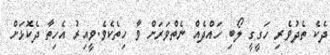
ދެކެ ތެދުވެރި ހަގީގީ ލޯބި ހައްދެއް ނެތްވަރަށް ވާ ހިތެކެވެ.ވީއިރު އެހިތާ ދެކޮޅަށް